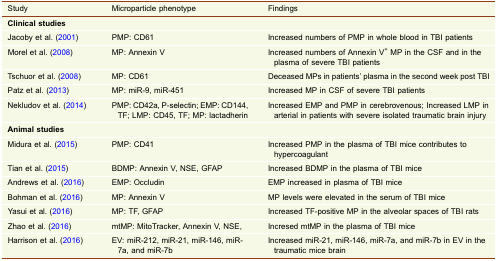
<table><thead><tr><td><b>Study</b></td><td><b>Microparticle phenotype</b></td><td><b>Findings</b></td></tr></thead><tbody><tr><td><b>Clinical studies</b></td><td></td><td></td></tr><tr><td>Jacoby et al. (2001)</td><td>PMP: CD61</td><td>Increased numbers of PMP in whole blood in TBI patients</td></tr><tr><td>Morel et al. (2008)</td><td>MP: Annexin V</td><td>Increased numbers of Annexin V<sup>+</sup> MP in the CSF and in the plasma of severe TBI patients</td></tr><tr><td>Tschuor et al. (2008)</td><td>MP: CD61</td><td>Deceased MPs in patients’ plasma in the second week post TBI</td></tr><tr><td>Patz et al. (2013)</td><td>MP: miR-9, miR-451</td><td>Increased MP in CSF of severe TBI patients</td></tr><tr><td>Nekludov et al. (2014)</td><td>PMP: CD42a, P-selectin; EMP: CD144, TF; LMP: CD45, TF; MP: lactadherin</td><td>Increased EMP and PMP in cerebrovenous; Increased LMP in arterial in patients with severe isolated traumatic brain injury</td></tr><tr><td><b>Animal studies</b></td><td></td><td></td></tr><tr><td>Midura et al. (2015)</td><td>PMP: CD41</td><td>Increased PMP in the plasma of TBI mice contributes to hypercoagulant</td></tr><tr><td>Tian et al. (2015)</td><td>BDMP: Annexin V, NSE, GFAP</td><td>Increased BDMP in the plasma of TBI mice</td></tr><tr><td>Andrews et al. (2016)</td><td>EMP: Occludin</td><td>EMP increased in plasma of TBI mice</td></tr><tr><td>Bohman et al. (2016)</td><td>MP: Annexin V</td><td>MP levels were elevated in the serum of TBI mice</td></tr><tr><td>Yasui et al. (2016)</td><td>MP: TF, GFAP</td><td>Increased TF-positive MP in the alveolar spaces of TBI rats</td></tr><tr><td>Zhao et al. (2016)</td><td>mtMP: MitoTracker, Annexin V, NSE,</td><td>Incresed mtMP in the plasma of TBI mice</td></tr><tr><td>Harrison et al. (2016)</td><td>EV: miR-212, miR-21, miR-146, miR-7a, and miR-7b</td><td>Increased miR-21, miR-146, miR-7a, and miR-7b in EV in the traumatic mice brain</td></tr></tbody></table>